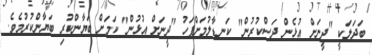
ބަދަލަކީ "ދީނަށް އުޅެން ދަސްކުރުން" ކަނޑާލުމަށްފަހު "ދީނަށް އުޅުން" ކަމަށް ބަޔާންކުރި ބަޔާންކުރުމެވެ.